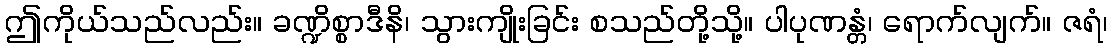
ဤကိုယ်သည်လည်း။ ခဏ္ဍိစ္စာဒီနိ၊ သွားကျိုးခြင်း စသည်တို့သို့။ ပါပုဏန္တံ၊ ရောက်လျက်။ ဇရံ၊